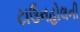
ટાઉનહોલની